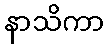
နာသိကာ